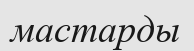
мастарды